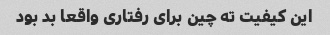
این کیفیت ته چین برای رفتاری واقعا بد بود